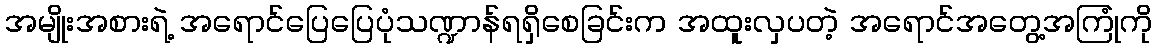
အမျိုးအစားရဲ့ အရောင်ပြေပြေပုံသဏ္ဍာန်ရရှိစေခြင်းက အထူးလှပတဲ့ အရောင်အတွေ့အကြုံကို